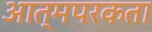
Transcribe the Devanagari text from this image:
आत्मपरकता